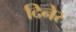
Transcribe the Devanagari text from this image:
दिनेर